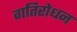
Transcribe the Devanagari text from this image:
गतिरोधन